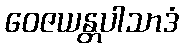
ဝေဇယန္တပါသာဒံ